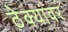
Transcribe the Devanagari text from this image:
ठेक्यांवर